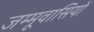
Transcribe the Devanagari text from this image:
जम्मूवासियों